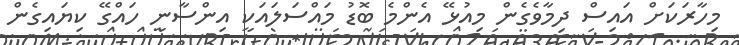
މިހާރަކަށް އައިސް ދިމާވެގެން މިއުޅޭ އެންމެ ބޮޑު މައްސަލައަކީ އިންސާނީ ހައްގޭ ކިޔައިގެން